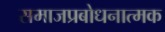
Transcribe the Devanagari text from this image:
समाजप्रबोधनात्मक